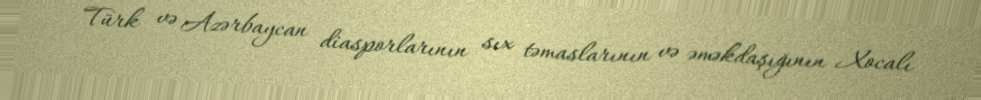
Türk və Azərbaycan diasporlarının sıx təmaslarının və əməkdaşığının Xocalı